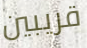
قريبين